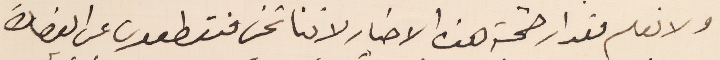
ولا نعلم مقدار صحة هذه الاخبار لاننا نحن منقطعون عن القصادة